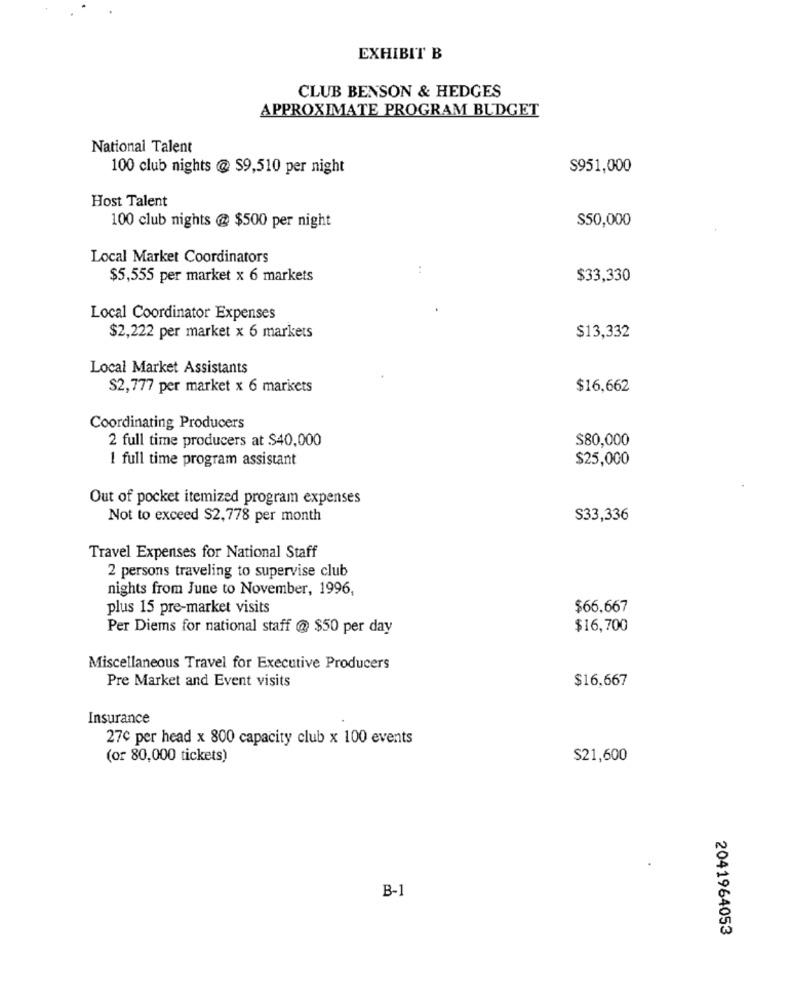
EXHIBIT B
CLUB BENSON & HEDGES
APPROXIMATE PROGRAM BUDGET
National Talent
100 club nights @ $9,510 per night
S951,000
Host Talent
$50,000
100 club nights @ $500 per night
Local Market Coordinators
$5,555 per market x 6 markets
$33,330
Local Coordinator Expenses
$2,222 per market x 6 markets
$13,332
Local Market Assistants
$2,777 per market x 6 markets
$16,662
Coordinating Producers
2 full time producers at $40,000
$80,000
1 full time program assistant
$25,000
Out of pocket itemized program expenses
Not to exceed $2,778 per month
S33,336
Travel Expenses for National Staff
2 persons traveling to supervise club
nights from June to November, 1996,
plus 15 pre-market visits
$66.667
Per Diems for national staff @ $50 per day
$16,700
Miscellaneous Travel for Executive Producers
Pre Market and Event visits
$16,667
Insurance
27c per head x 800 capacity club x 100 events
(or 80,000 tickets)
$21,600
B-1
2041964053